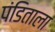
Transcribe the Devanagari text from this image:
पंडिताला